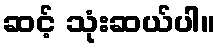
ဆင့် သုံးဆယ်ပါ။